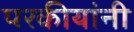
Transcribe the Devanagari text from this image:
परकीयांनी